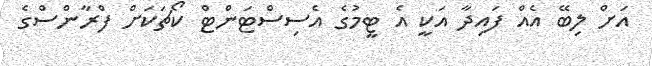
އަށް ލިބޭ އެއް ފައިދާ އަކީ އެ ޓީމުގެ އެސިސްޓަންޓް ކޯޗަކަށް ފްރާންސްގެ